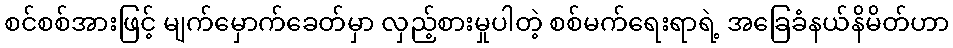
စင်စစ်အားဖြင့် မျက်မှောက်ခေတ်မှာ လှည့်စားမှုပါတဲ့ စစ်မက်ရေးရာရဲ့ အခြေခံနယ်နိမိတ်ဟာ